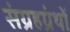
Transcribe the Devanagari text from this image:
संग्रहग्रंथों